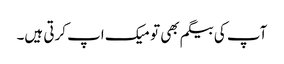
آپ کی بیگم بھی تو میک اپ کرتی ہیں۔